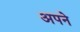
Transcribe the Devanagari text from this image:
अपने